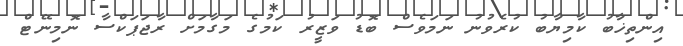
އިންތިޚާބު ކާމިޔާބު ކުރެވުނު ނަމަވެސް ބޮޑު ވަޒީރު ކަމުގެ މަގާމަށް ރާޖަޕަކްސާ ނޮމިނޭޓް